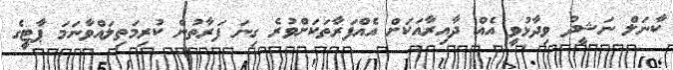
ކާނަލް ނަޝީދު ވިދާޅުވީ އެއް ދާއިރާއަކަށް އެއްފަރާތަކަށްވުރެ ގިނަ ފަރާތުން ކުރިމަތިލައްވާނަމަ ޕާޓީގެ